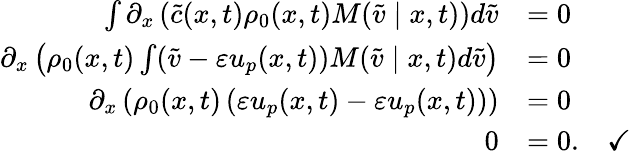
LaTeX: \begin{array}{rl}{\int\partial_{x}\left(\tilde{c}(x,t)\rho_{0}(x,t)M(\tilde{v}\mid x,t)\right)d\tilde{v}}&{=0}\\ {\partial_{x}\left(\rho_{0}(x,t)\int(\tilde{v}-\varepsilon u_{p}(x,t))M(\tilde{v}\mid x,t)d\tilde{v}\right)}&{=0}\\ {\partial_{x}\left(\rho_{0}(x,t)\left(\varepsilon u_{p}(x,t)-\varepsilon u_{p}(x,t)\right)\right)}&{=0}\\ {0}&{=0.\quad\checkmark}\end{array}